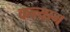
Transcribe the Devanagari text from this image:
कन्याम